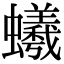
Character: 𧔠